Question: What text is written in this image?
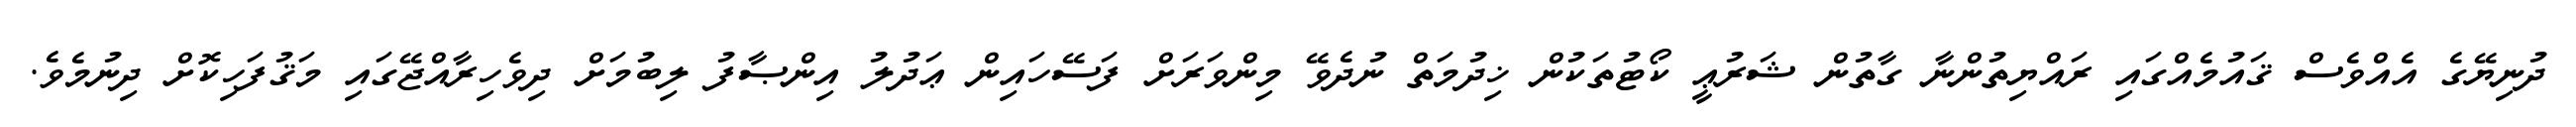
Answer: ދުނިޔޭގެ އެއްވެސް ޤައުމެއްގައި ރައްޔިތުންނާ ގާތުން ޝަރުޢީ ކޯޓުތަކުން ޚިދުމަތް ނުދެވޭ މިންވަރަށް ފަސޭހައިން ޢަދުލު އިންޞާފު ލިބުމަށް ދިވެހިރާއްޖޭގައި މަޤުފަހިކޮށް ދިނުމެވެ.